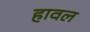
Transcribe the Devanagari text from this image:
हावल